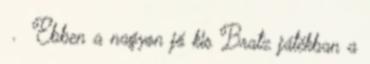
. Ebben a nagyon jó kis Bratz játékban a